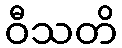
ဝီသတိ